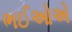
ભઈઓએ